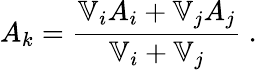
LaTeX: A_{k}=\frac{\mathbb{V}_{i}A_{i}+\mathbb{V}_{j}A_{j}}{\mathbb{V}_{i}+\mathbb{V}_{j}}\mathrm{~.~}